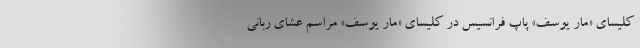
کلیسای «مار یوسف» پاپ فرانسیس در کلیسای «مار یوسف» مراسم عشای ربانی